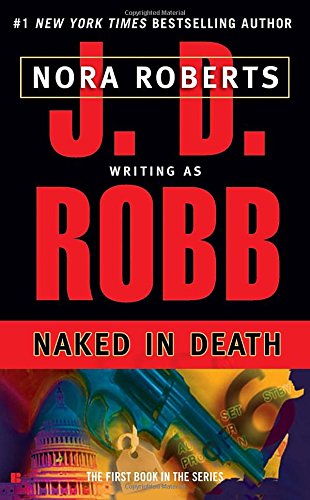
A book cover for Naked in Death (In Death, Book 1); J. D. Robb; Mystery, Thriller & Suspense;